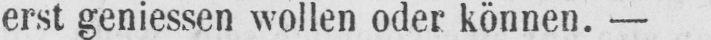
erst geniessen wollen oder können. -